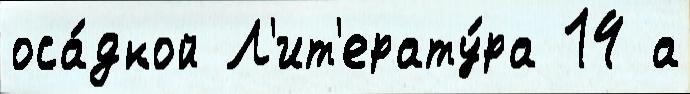
оса́дкой Л'ит'ерату́ра 14 а